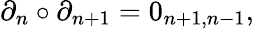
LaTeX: \partial_{n}\circ\partial_{n+1}=0_{n+1,n-1},